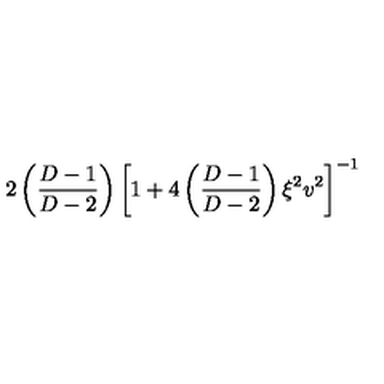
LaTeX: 2 \left( \frac { D - 1 } { D - 2 } \right) \left[ 1 + 4 \left( \frac { D - 1 } { D - 2 } \right) \xi ^ { 2 } v ^ { 2 } \right] ^ { - 1 }